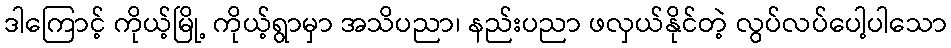
ဒါကြောင့် ကိုယ့်မြို့ ကိုယ့်ရွာမှာ အသိပညာ၊ နည်းပညာ ဖလှယ်နိုင်တဲ့ လွပ်လပ်ပေါ့ပါသော